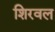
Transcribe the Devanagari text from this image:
शिरवल